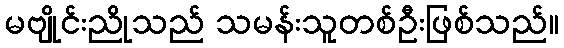
မဗျိုင်းညိုသည် သမန်းသူတစ်ဦးဖြစ်သည်။